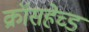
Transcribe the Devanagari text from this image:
क्रॉसहेच्ड